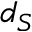
d _ { S }